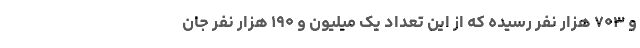
و ۷۰۳ هزار نفر رسیده که از این تعداد یک میلیون و ۱۹۰ هزار نفر جان